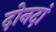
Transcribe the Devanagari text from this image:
दोनदां